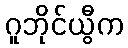
ဂူဘိုင်ယွီက